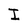
Character: I